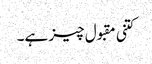
کتنی مقبول چیز ہے۔